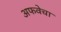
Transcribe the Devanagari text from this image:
अफवेचा